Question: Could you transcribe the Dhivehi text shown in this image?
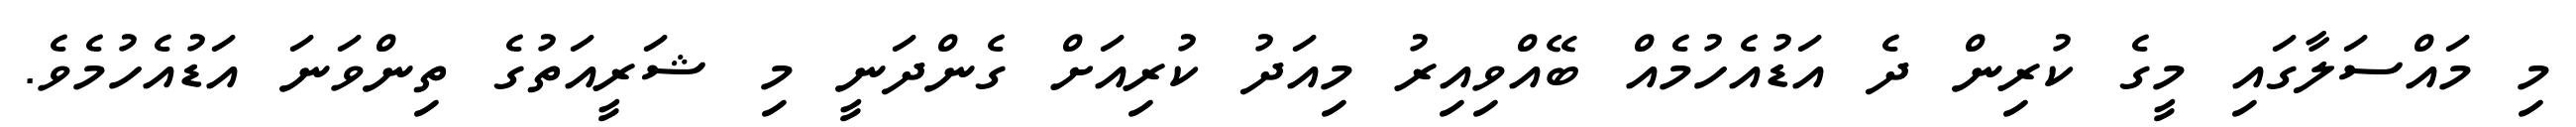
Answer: މި މައްސަލާގައި މީގެ ކުރިން ދެ އަޑުއެހުމެއް ބޭއްވިއިރު މިއަދު ކުރިއަށް ގެންދަނީ މި ޝަރީއަތުގެ ތިންވަނަ އަޑުއެހުމެވެ.